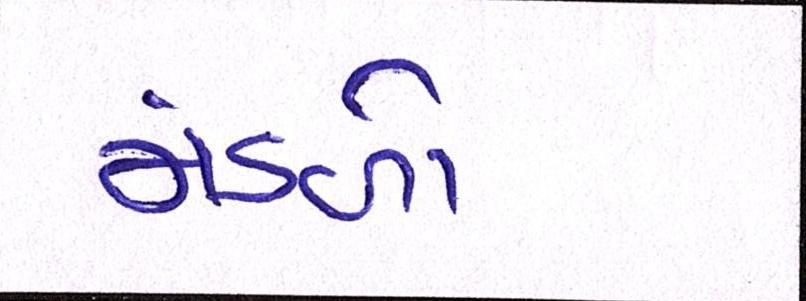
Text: મંડળો